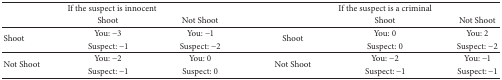
<table><thead><tr><td colspan="3"><b>If the suspect is innocent </b></td><td colspan="3"><b>If the suspect is a criminal</b></td></tr><tr><td><b> </b></td><td><b> Shoot </b></td><td><b> Not Shoot </b></td><td><b> </b></td><td><b> Shoot </b></td><td><b> Not Shoot </b></td></tr></thead><tbody><tr><td rowspan="2">Shoot </td><td> You: −3 </td><td> You: −1 </td><td rowspan="2"> Shoot </td><td> You: 0 </td><td> You: 2 </td></tr><tr><td> Suspect: −1 </td><td> Suspect: −2 </td><td> Suspect: 0 </td><td> Suspect: −2 </td></tr><tr><td rowspan="2">Not Shoot </td><td> You: −2 </td><td> You: 0 </td><td rowspan="2"> Not Shoot </td><td> You: −2 </td><td> You: −1 </td></tr><tr><td> Suspect: −1 </td><td> Suspect: 0 </td><td> Suspect: −1 </td><td> Suspect: −1 </td></tr></tbody></table>